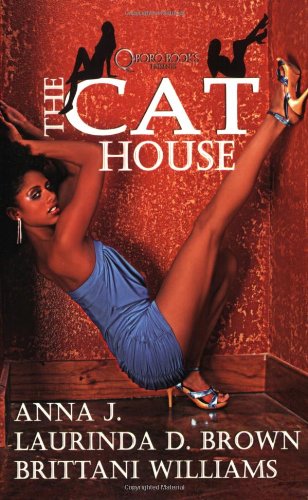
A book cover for The Cathouse; Anna J; Romance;